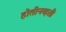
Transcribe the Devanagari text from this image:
होतीनव्हती